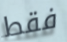
فقط